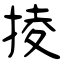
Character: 掕